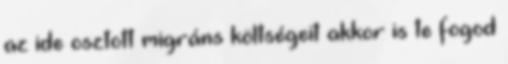
az ide osztott migráns költségeit akkor is te fogod